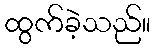
ထွက်ခဲ့သည်။